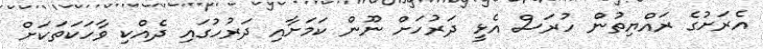
އެރަށުގެ ރައްޔިތުން ހުރަސް އެޅީ ދަރުހަށް ނޫން ކަމަށާއި ދަރުހުގައި ދެއްކި ވާހަކަތަކަށް